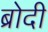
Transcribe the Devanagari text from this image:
ब्रोदी